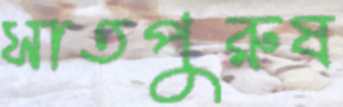
সাতপুরুষ